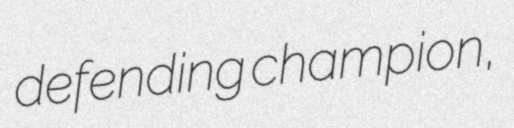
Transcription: defending champion,